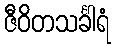
ဇီဝိတသင်္ခါရံ